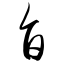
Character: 旨